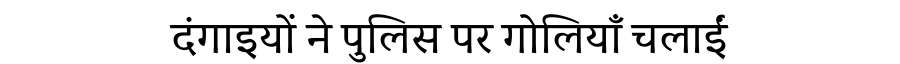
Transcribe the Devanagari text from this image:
दंगाइयों ने पुलिस पर गोलियाँ चलाईं